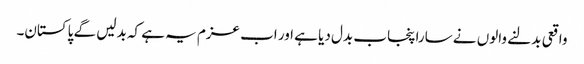
واقعی بدلنے والوں نے سارا پنجاب بدل دیا ہے اور اب عزم یہ ہے کہ بدلیں گے پاکستان۔